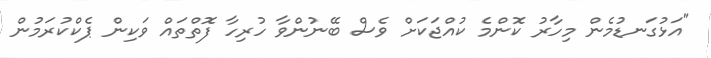
"އަޅުގަނޑުމެން މިހާރު ކޮންމެ ކުއްޖަކަށް ވެސް ބޭނުންވާ ހުރިހާ ފޮތްތައް ވަކިން ޕެކްކުރަމުން